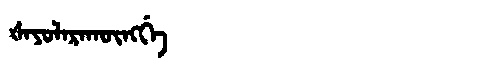
Manchu: ᡧᠠᠶᠣᠯᠠᡵᠠᡴᡡᠩᡤᡝ
Romanization: ŠAYOLARAKŪNGGE